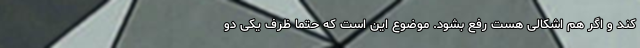
کند و اگر هم اشکالی هست رفع بشود. موضوع این است که حتما ظرف یکی دو